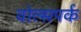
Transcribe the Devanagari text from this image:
वोल्सपर्क